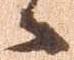
々